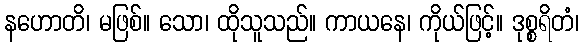
နဟောတိ၊ မဖြစ်။ သော၊ ထိုသူသည်။ ကာယနေ၊ ကိုယ်ဖြင့်။ ဒုစ္စရိတံ၊